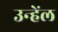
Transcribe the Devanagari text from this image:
उन्हेंल